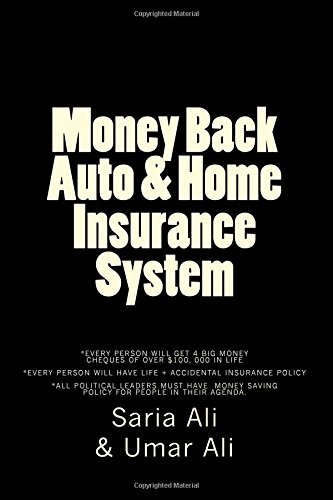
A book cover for Money Back Auto and Home Insurance System: Solving People's Financial Problems; Saria Ali; Engineering & Transportation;